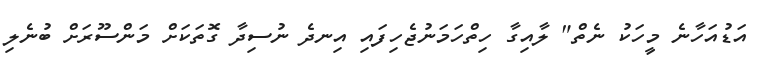
އަޑުއަހާނެ މީހަކު ނެތް" ލާއިގާ ހިތްހަމަނުޖެހިފައި އިނދެ ނުސިދާ ގޮތަކަށް މަންސޫރަށް ބުނެލި